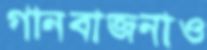
গানবাজনাও